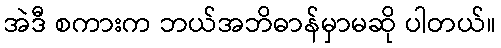
အဲဒီ စကားက ဘယ်အဘိဓာန်မှာမဆို ပါတယ်။